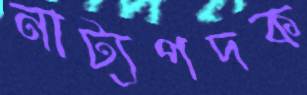
নাট্যপদক